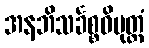
အနဘိသင်္ခစ္စဝိမုတ္တံ